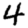
Digit: 4